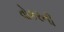
વોકરની